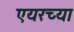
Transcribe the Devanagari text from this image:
एयरच्या